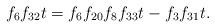
LaTeX: \begin{align*}f_6f_{32}t &= f_6f_{20}f_{8}f_{33}t - f_3f_{31}t.\end{align*}